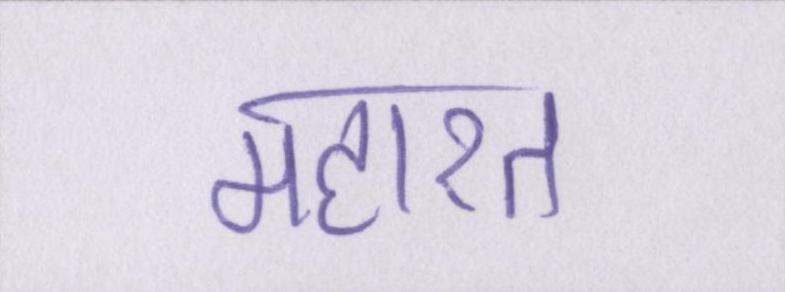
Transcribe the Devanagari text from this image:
महारत